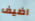
اضيف